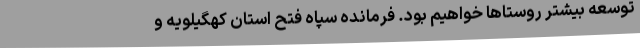
توسعه بیشتر روستاها خواهیم بود. فرمانده سپاه فتح استان کهگیلویه و